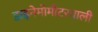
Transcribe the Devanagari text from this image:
डाइनेमोमीटरवाली